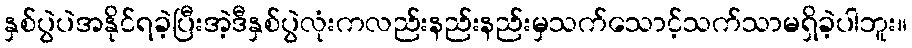
နှစ်ပွဲပဲအနိုင်ရခဲ့ပြီးအဲ့ဒီနှစ်ပွဲလုံးကလည်းနည်းနည်းမှသက်သောင့်သက်သာမရှိခဲ့ပါဘူး။